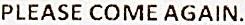
PLEASE COME AGAIN.